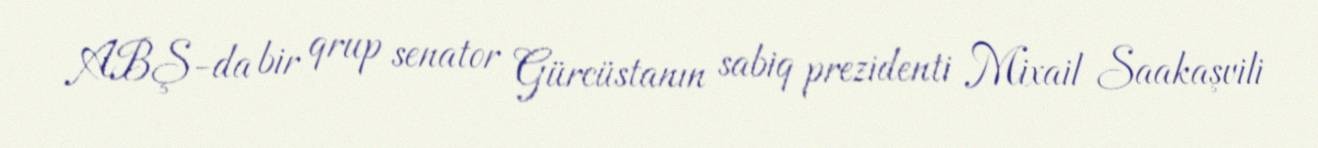
ABŞ-da bir qrup senator Gürcüstanın sabiq prezidenti Mixail Saakaşvili